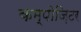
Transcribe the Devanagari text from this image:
कम्पोज़िटर